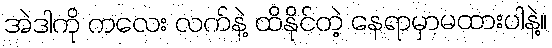
အဲဒါကို ကလေး လက်နဲ့ ထိနိုင်တဲ့ နေရာမှာမထားပါနဲ့။